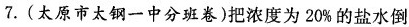
7.(太原市太钢一中分班卷)把浓度为20%的盐水倒